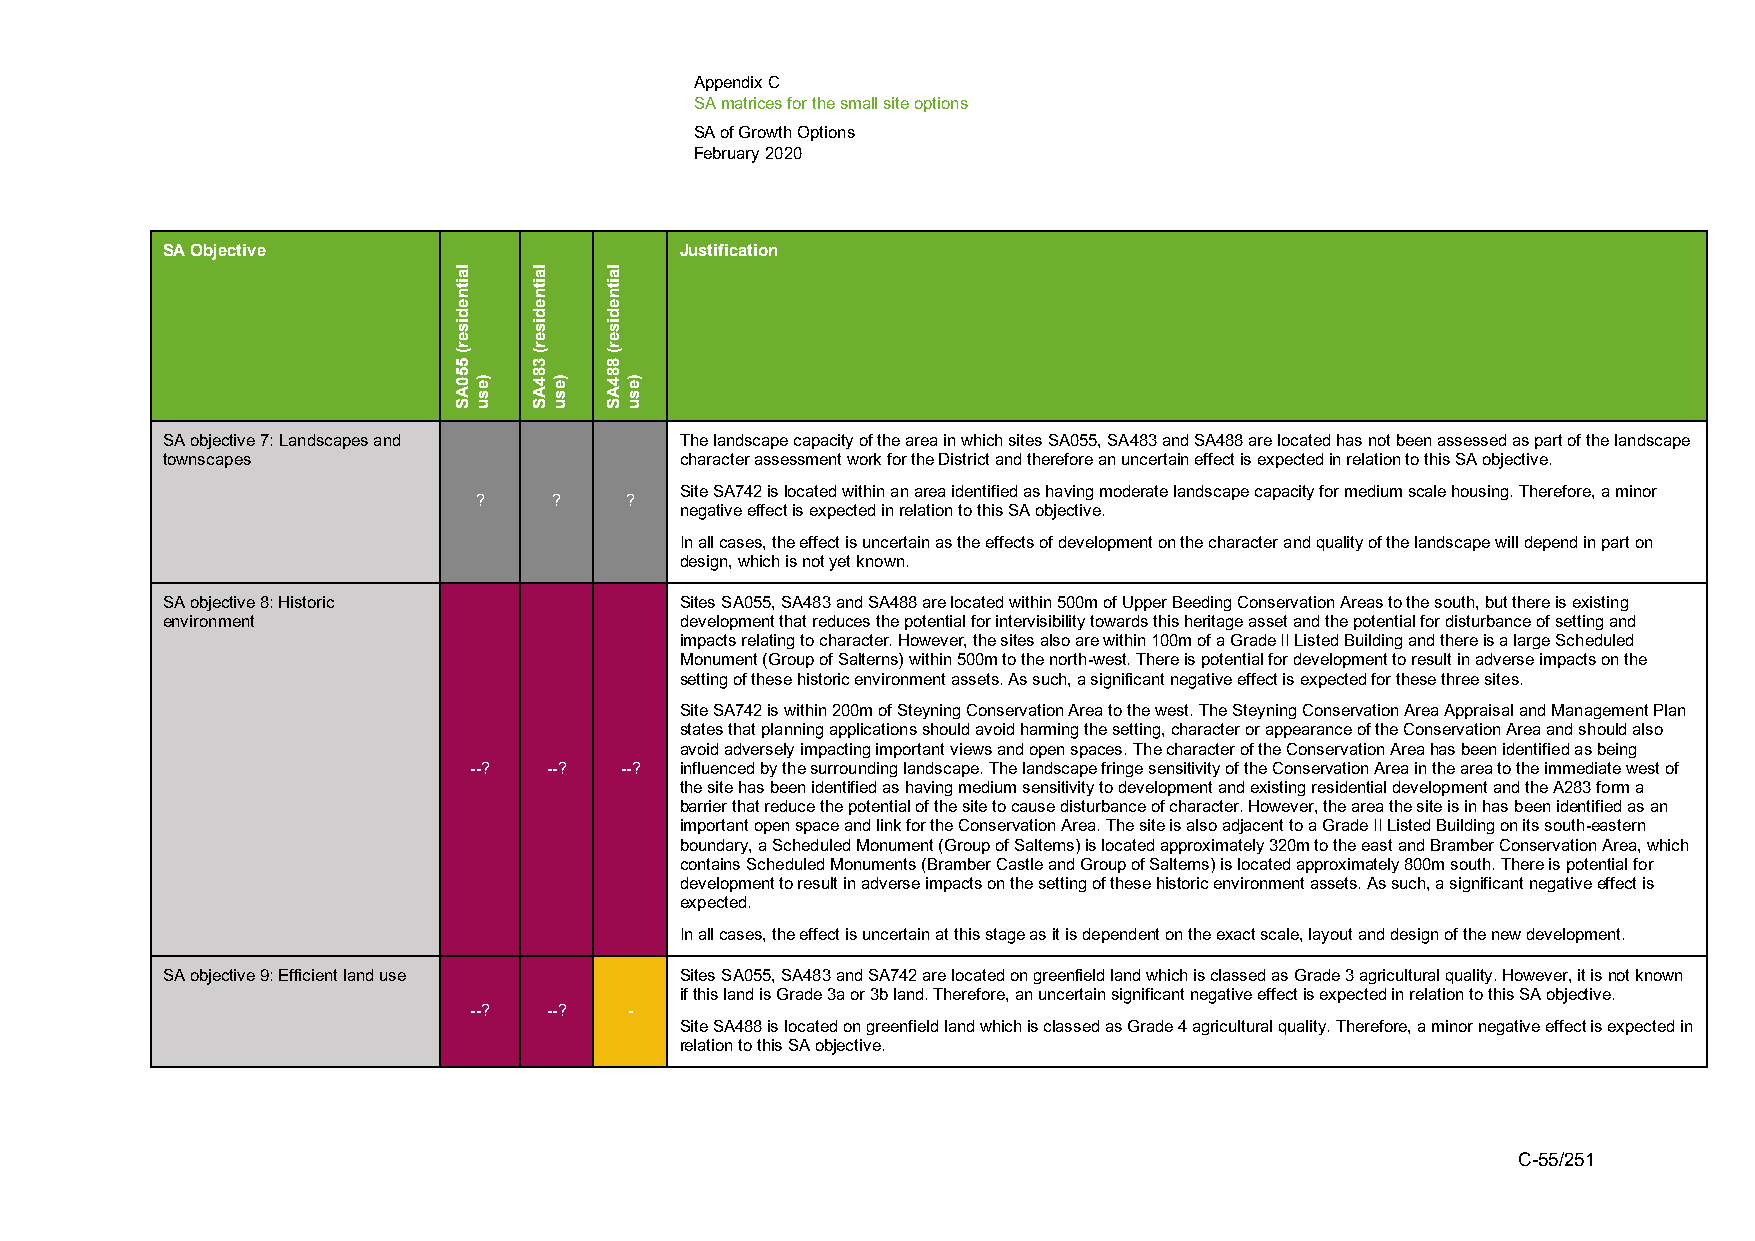
Appendix C
 SA matrices for the small site options
 SA of Growth Options
 February 2020
 SA Objective                      Justification
 SA objective 7: Landscapes and    The landscape capacity of the area in which sites SA055, SA483 and SA488 are located has not been assessed as part of the landscape
 townscapes                        character assessment work for the District and therefore an uncertain effect is expected in relation to this SA objective.
 Site SA742 is located within an area identified as having moderate landscape capacity for medium scale housing. Therefore, a minor
 ?     ?   ?
 negative effect is expected in relation to this SA objective.
 In all cases, the effect is uncertain as the effects of development on the character and quality of the landscape will depend in part on
 design, which is not yet known.
 SA objective 8: Historic          Sites SA055, SA483 and SA488 are located within 500m of Upper Beeding Conservation Areas to the south, but there is existing
 environment                       development that reduces the potential for intervisibility towards this heritage asset and the potential for disturbance of setting and
 impacts relating to character. However, the sites also are within 100m of a Grade II Listed Building and there is a large Scheduled
 Monument (Group of Salterns) within 500m to the north-west. There is potential for development to result in adverse impacts on the
 setting of these historic environment assets. As such, a significant negative effect is expected for these three sites.
 Site SA742 is within 200m of Steyning Conservation Area to the west. The Steyning Conservation Area Appraisal and Management Plan
 states that planning applications should avoid harming the setting, character or appearance of the Conservation Area and should also
 avoid adversely impacting important views and open spaces. The character of the Conservation Area has been identified as being
 --?  --?  --? influenced by the surrounding landscape. The landscape fringe sensitivity of the Conservation Area in the area to the immediate west of
 the site has been identified as having medium sensitivity to development and existing residential development and the A283 form a
 barrier that reduce the potential of the site to cause disturbance of character. However, the area the site is in has been identified as an
 important open space and link for the Conservation Area. The site is also adjacent to a Grade II Listed Building on its south-eastern
 boundary, a Scheduled Monument (Group of Salterns) is located approximately 320m to the east and Bramber Conservation Area, which
 contains Scheduled Monuments (Bramber Castle and Group of Salterns) is located approximately 800m south. There is potential for
 development to result in adverse impacts on the setting of these historic environment assets. As such, a significant negative effect is
 expected.
 In all cases, the effect is uncertain at this stage as it is dependent on the exact scale, layout and design of the new development.
 SA objective 9: Efficient land use Sites SA055, SA483 and SA742 are located on greenfield land which is classed as Grade 3 agricultural quality. However, it is not known
 if this land is Grade 3a or 3b land. Therefore, an uncertain significant negative effect is expected in relation to this SA objective.
 --?  --?   -
 Site SA488 is located on greenfield land which is classed as Grade 4 agricultural quality. Therefore, a minor negative effect is expected in
 relation to this SA objective.
 C-55/251
 laitnediser(
 550AS
 )esu
 laitnediser(
 384AS
 )esu
 laitnediser(
 884AS
 )esu